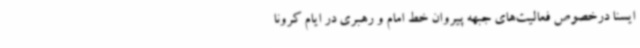
ایسنا درخصوص فعالیت‌های جبهه پیروان خط امام و رهبری در ایام کرونا